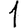
Digit: 1